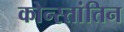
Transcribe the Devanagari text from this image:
कोन्स्तांतिन